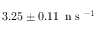
3 . 2 5 \pm 0 . 1 1 \, \mathrm { ~ n ~ s ~ } ^ { - 1 }